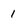
Character: 1